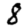
Digit: 8